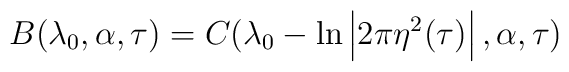
B(\lambda_0,\alpha,\tau)=C(\lambda_0 - \ln \left| 2\pi \eta^2(\tau) \right|,\alpha,\tau)